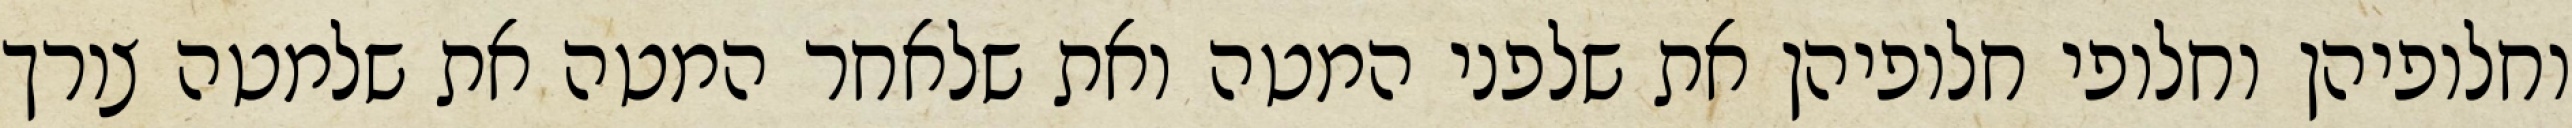
וחלופיהן וחלופי חלופיהן את שלפני המטה ואת שלאחר המטה את שלמטה צורך